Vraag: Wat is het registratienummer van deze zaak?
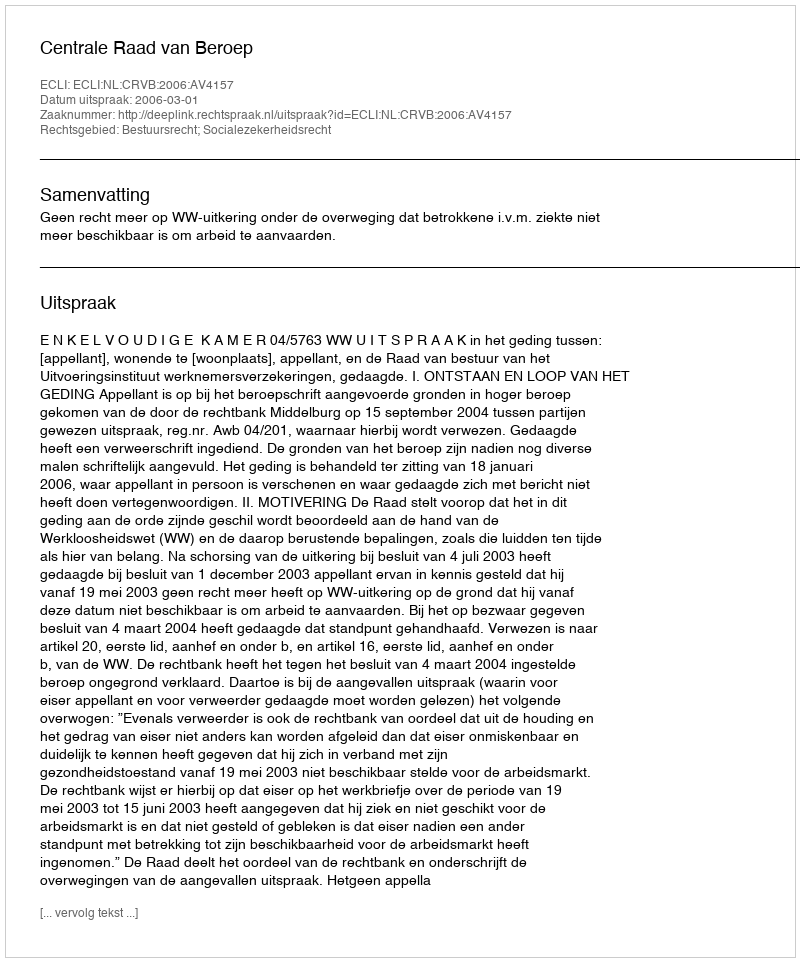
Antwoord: http://deeplink.rechtspraak.nl/uitspraak?id=ECLI:NL:CRVB:2006:AV4157